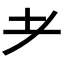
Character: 耂